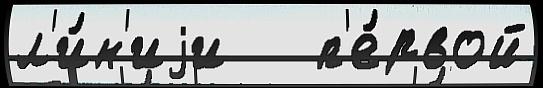
л'и́н'иjи   п'е́рвой